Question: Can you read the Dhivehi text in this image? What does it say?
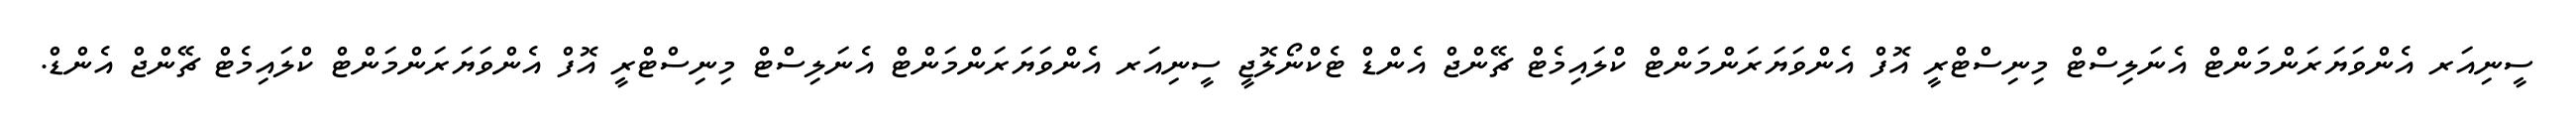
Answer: ސީނިއަރ އެންވަޔަރަންމަންޓް އެނަލިސްޓް މިނިސްޓްރީ އޮފް އެންވަޔަރަންމަންޓް ކްލައިމެޓް ޗޭންޖް އެންޑް ޓެކްނޯލޮޖީ ސީނިއަރ އެންވަޔަރަންމަންޓް އެނަލިސްޓް މިނިސްޓްރީ އޮފް އެންވަޔަރަންމަންޓް ކްލައިމެޓް ޗޭންޖް އެންޑް.